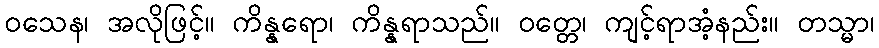
ဝသေန၊ အလိုဖြင့်။ ကိန္နရော၊ ကိန္နရာသည်။ ဝတ္တေ၊ ကျင့်ရာအံ့နည်း။ တသ္မာ၊